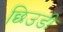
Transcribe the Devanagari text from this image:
छिउडी